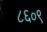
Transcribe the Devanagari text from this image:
८६०९